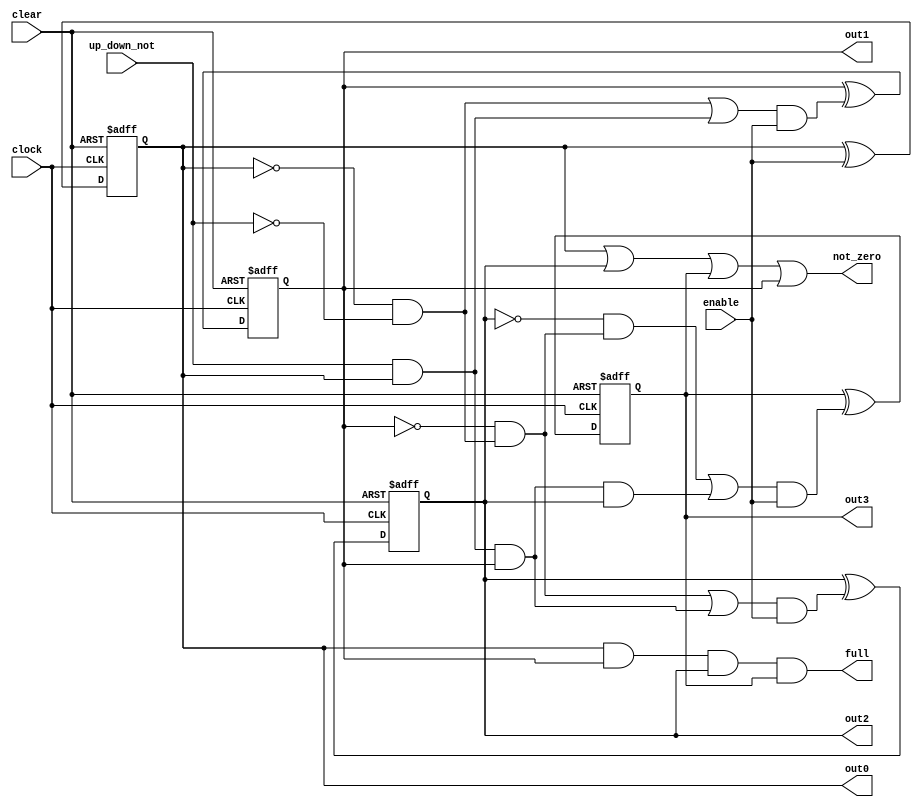
// Copyright (C) 2021  Intel Corporation. All rights reserved.
// Your use of Intel Corporation's design tools, logic functions 
// and other software and tools, and any partner logic 
// functions, and any output files from any of the foregoing 
// (including device programming or simulation files), and any 
// associated documentation or information are expressly subject 
// to the terms and conditions of the Intel Program License 
// Subscription Agreement, the Intel Quartus Prime License Agreement,
// the Intel FPGA IP License Agreement, or other applicable license
// agreement, including, without limitation, that your use is for
// the sole purpose of programming logic devices manufactured by
// Intel and sold by Intel or its authorized distributors.  Please
// refer to the applicable agreement for further details, at
// https://fpgasoftware.intel.com/eula.

// PROGRAM		"Quartus Prime"
// VERSION		"Version 21.1.0 Build 842 10/21/2021 SJ Lite Edition"
// CREATED		"Wed Mar 16 03:26:30 2022"

module Counter(
	up_down_not,
	enable,
	clock,
	clear,
	out0,
	out1,
	out2,
	out3,
	full,
	not_zero
);


input wire	up_down_not;
input wire	enable;
input wire	clock;
input wire	clear;
output wire	out0;
output wire	out1;
output wire	out2;
output wire	out3;
output wire	full;
output wire	not_zero;

wire	SYNTHESIZED_WIRE_20;
wire	SYNTHESIZED_WIRE_21;
wire	SYNTHESIZED_WIRE_2;
wire	SYNTHESIZED_WIRE_22;
wire	SYNTHESIZED_WIRE_23;
wire	SYNTHESIZED_WIRE_6;
reg	SYNTHESIZED_WIRE_24;
wire	SYNTHESIZED_WIRE_8;
wire	SYNTHESIZED_WIRE_10;
wire	SYNTHESIZED_WIRE_11;
wire	SYNTHESIZED_WIRE_12;
reg	SYNTHESIZED_WIRE_25;
reg	SYNTHESIZED_WIRE_26;
reg	SYNTHESIZED_WIRE_27;
wire	SYNTHESIZED_WIRE_13;
wire	SYNTHESIZED_WIRE_14;
wire	SYNTHESIZED_WIRE_15;
wire	SYNTHESIZED_WIRE_16;
wire	SYNTHESIZED_WIRE_17;
wire	SYNTHESIZED_WIRE_18;

assign	out0 = SYNTHESIZED_WIRE_25;
assign	out1 = SYNTHESIZED_WIRE_26;
assign	out2 = SYNTHESIZED_WIRE_24;
assign	out3 = SYNTHESIZED_WIRE_27;



assign	SYNTHESIZED_WIRE_18 = SYNTHESIZED_WIRE_20 | SYNTHESIZED_WIRE_21;

assign	SYNTHESIZED_WIRE_22 = SYNTHESIZED_WIRE_2 & SYNTHESIZED_WIRE_20;

assign	SYNTHESIZED_WIRE_6 = SYNTHESIZED_WIRE_22 | SYNTHESIZED_WIRE_23;

assign	SYNTHESIZED_WIRE_14 = SYNTHESIZED_WIRE_6 & enable;

assign	SYNTHESIZED_WIRE_11 = SYNTHESIZED_WIRE_23 & SYNTHESIZED_WIRE_24;

assign	SYNTHESIZED_WIRE_10 = SYNTHESIZED_WIRE_8 & SYNTHESIZED_WIRE_22;

assign	SYNTHESIZED_WIRE_12 = SYNTHESIZED_WIRE_10 | SYNTHESIZED_WIRE_11;

assign	SYNTHESIZED_WIRE_15 = SYNTHESIZED_WIRE_12 & enable;


always@(posedge clock or negedge clear)
begin
if (!clear)
	begin
	SYNTHESIZED_WIRE_25 <= 0;
	end
else
	SYNTHESIZED_WIRE_25 <= SYNTHESIZED_WIRE_25 ^ enable;
end

assign	full = SYNTHESIZED_WIRE_25 & SYNTHESIZED_WIRE_26 & SYNTHESIZED_WIRE_24 & SYNTHESIZED_WIRE_27;

assign	SYNTHESIZED_WIRE_16 =  ~SYNTHESIZED_WIRE_25;


always@(posedge clock or negedge clear)
begin
if (!clear)
	begin
	SYNTHESIZED_WIRE_26 <= 0;
	end
else
	SYNTHESIZED_WIRE_26 <= SYNTHESIZED_WIRE_26 ^ SYNTHESIZED_WIRE_13;
end


always@(posedge clock or negedge clear)
begin
if (!clear)
	begin
	SYNTHESIZED_WIRE_24 <= 0;
	end
else
	SYNTHESIZED_WIRE_24 <= SYNTHESIZED_WIRE_24 ^ SYNTHESIZED_WIRE_14;
end


always@(posedge clock or negedge clear)
begin
if (!clear)
	begin
	SYNTHESIZED_WIRE_27 <= 0;
	end
else
	SYNTHESIZED_WIRE_27 <= SYNTHESIZED_WIRE_27 ^ SYNTHESIZED_WIRE_15;
end

assign	SYNTHESIZED_WIRE_8 =  ~SYNTHESIZED_WIRE_24;

assign	SYNTHESIZED_WIRE_2 =  ~SYNTHESIZED_WIRE_26;

assign	not_zero = SYNTHESIZED_WIRE_25 | SYNTHESIZED_WIRE_24 | SYNTHESIZED_WIRE_27 | SYNTHESIZED_WIRE_26;

assign	SYNTHESIZED_WIRE_21 = up_down_not & SYNTHESIZED_WIRE_25;

assign	SYNTHESIZED_WIRE_20 = SYNTHESIZED_WIRE_16 & SYNTHESIZED_WIRE_17;

assign	SYNTHESIZED_WIRE_17 =  ~up_down_not;

assign	SYNTHESIZED_WIRE_13 = SYNTHESIZED_WIRE_18 & enable;

assign	SYNTHESIZED_WIRE_23 = SYNTHESIZED_WIRE_21 & SYNTHESIZED_WIRE_26;


endmodule